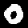
Label: 0